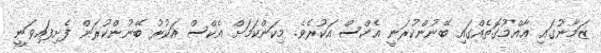
ޒަމާނުގައި ޢާއްމުގޮތެއްގައި ބޭނުންކުރަނީ އެކްސް އަކުރެވެ. މިކަންކަމަށް އެކްސް އަކުރު ބޭނުންކުރަން ފެށިފައިވަނީ